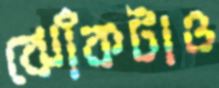
ঝোঁকটাও